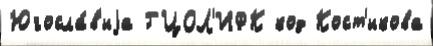
Югосла́в'иjа ГЦОЛ'ИФК код Кост'икова